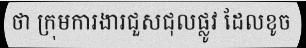
ថា ក្រុមការងារជួសជុលផ្លូវ ដែលខូច